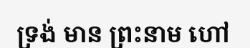
ទ្រង់ មាន ព្រះនាម ហៅ